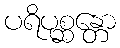
ပရိပုစ္ဆန္တော